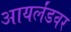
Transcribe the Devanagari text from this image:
आयर्लंडवर